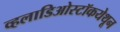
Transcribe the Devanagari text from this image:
व्हलाडिओस्टॉकयेथून